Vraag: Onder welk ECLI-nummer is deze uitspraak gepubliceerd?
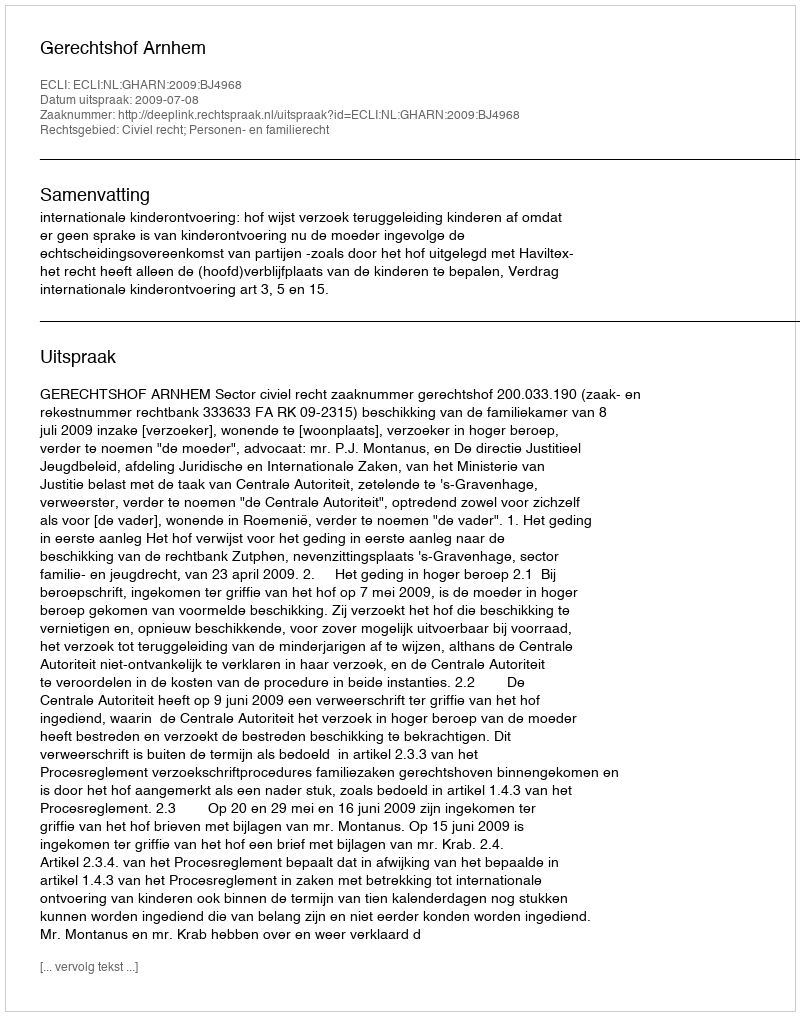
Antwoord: ECLI:NL:GHARN:2009:BJ4968